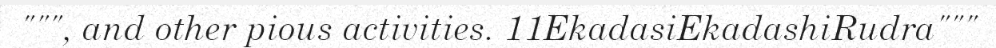
""", and other pious activities. 11EkadasiEkadashiRudra"""